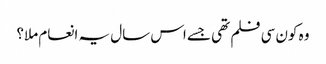
وہ کون سی فلم تھی جسے اس سال یہ انعام ملا؟